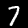
Digit: 7